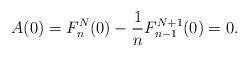
\begin{gather*} A(0) = F^N_n(0) - \frac{1}{n} F^{N+1}_{n-1}(0) = 0.\end{gather*}